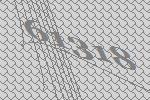
61318